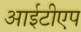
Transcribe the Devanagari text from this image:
आईटीएप